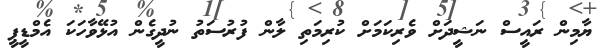
ޔާމިން ރައީސް ނަޝީދަށް ވެރިކަމަށް ކުރިމަތި ލާން ފުރުސަތު ނުދީގެން އުޅޭވާހަކަ އެމްޑީޕީ